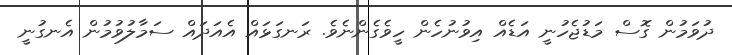
ދުވަމުން ގޮސް މަޑުޖެހުނީ އަޑެއް އިވުނުހެން ހީވެގެންނެވެ. ރަނގަޅައް އެއަދައް ސަމާލުވުމުން އެނގުނީ